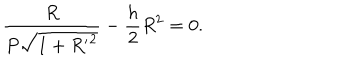
\frac { R } { P \sqrt { 1 + { R ^ { \prime } } ^ { 2 } } } - \frac { h } { 2 } R ^ { 2 } = 0 .